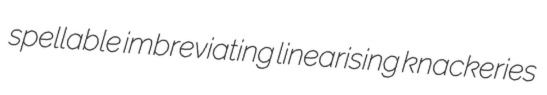
spellable imbreviating linearising knackeries